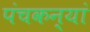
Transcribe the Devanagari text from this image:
पंचकन्यां